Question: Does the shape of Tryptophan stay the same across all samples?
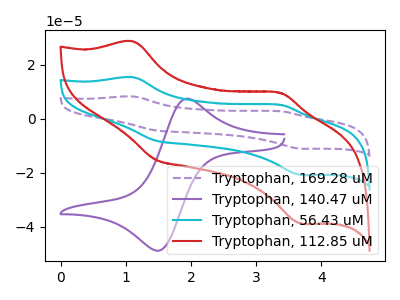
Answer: <think>The purple dashed curve "Tryptophan, 169.28 uM" has anodic peaks at (1.10V, 30.65uA) (3.35V, 10.25uA) and cathodic peaks at (1.45V, -16.30uA) (3.70V, -41.60uA). The purple curve "Tryptophan, 140.47 uM" has an anodic peak at (1.90V, 7.25uA) and a cathodic peak at (1.50V, -48.90uA). The cyan curve "Tryptophan, 56.43 uM" has anodic peaks at (1.10V, 15.30uA) (3.35V, 5.10uA) and cathodic peaks at (1.45V, -8.15uA) (3.70V, -20.80uA). The red curve "Tryptophan, 112.85 uM" has anodic peaks at (1.10V, 28.60uA) (3.35V, 9.55uA) and cathodic peaks at (1.45V, -15.20uA) (3.70V, -38.85uA).
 "Tryptophan, 169.28 uM" and "Tryptophan, 140.47 uM" have a different number of peaks. All the peaks in "Tryptophan, 169.28 uM" have a peak in "Tryptophan, 56.43 uM" at the same potential. Every peak in "Tryptophan, 169.28 uM" is higher than every peak in "Tryptophan, 56.43 uM". All the peaks in "Tryptophan, 169.28 uM" have a peak in "Tryptophan, 112.85 uM" at the same potential. Every peak in "Tryptophan, 169.28 uM" is higher than every peak in "Tryptophan, 112.85 uM". "Tryptophan, 140.47 uM" and "Tryptophan, 56.43 uM" have a different number of peaks. "Tryptophan, 140.47 uM" and "Tryptophan, 112.85 uM" have a different number of peaks. All the peaks in "Tryptophan, 56.43 uM" have a peak in "Tryptophan, 112.85 uM" at the same potential. Every peak in "Tryptophan, 56.43 uM" is lower than every peak in "Tryptophan, 112.85 uM".</think>
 <answer>All the CV's of "Tryptophan" have similar shape.</answer>
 <eval>follow_rule</eval>